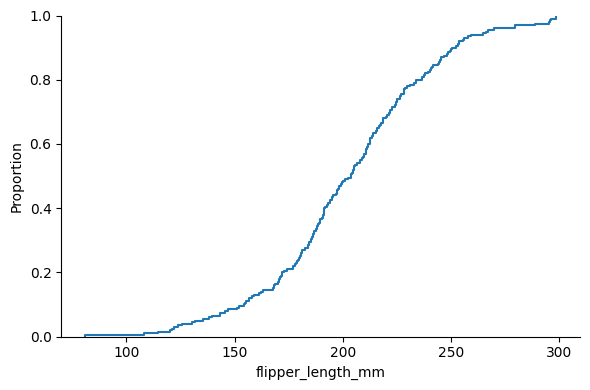
python, seaborn, displot, kind='ecdf', column='flipper_length_mm', hue='all', height=4, aspect=1.5